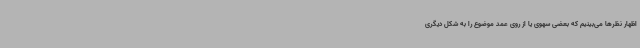
اظهار نظرها می‌بینیم که بعضی سهوی یا از روی عمد موضوع را به شکل دیگری